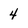
Character: 4